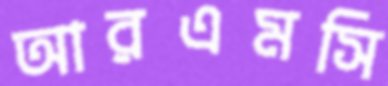
আরএমসি